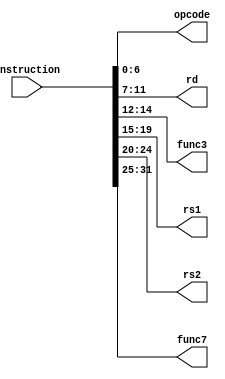
module instructionparser(
input [31:0] instruction , //32bit instruction
output [6:0] opcode, // 7 bitopcode
output [4:0] rd, //5 bit rd
output [2:0] func3, // 3 bitfunc3
output [4:0] rs1, //5 bit rs1
output [4:0] rs2, // 5 bit rs2
output [6:0] func7); //7 bit func7
assign opcode=instruction
[6:0];
assign rd=instruction
[11:7];
assign func3=instruction
[14:12];
assign rs1=instruction
[19:15];
assign rs2=instruction
[24:20];
assign
func7=instruction[31:25];
endmodule